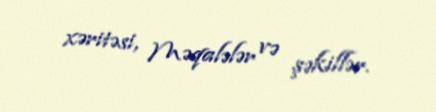
xəritəsi, Məqalələr və şəkillər.